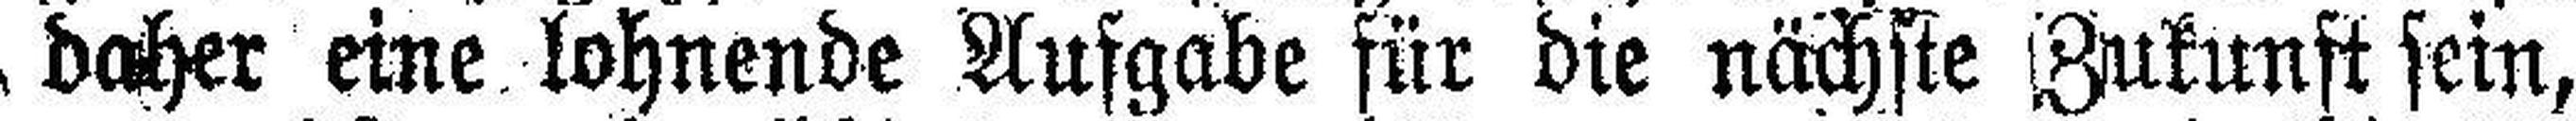
daher eine lohnende Aufgabe für die nächste Zukunft sein,